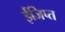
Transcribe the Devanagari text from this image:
ईजिप्‍त